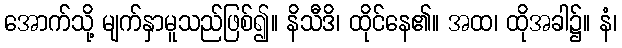
အောက်သို့ မျက်နှာမူသည်ဖြစ်၍။ နိသီဒိ၊ ထိုင်နေ၏။ အထ၊ ထိုအခါ၌။ နံ၊